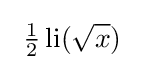
\ {\tfrac {1}{2}}\operatorname {li} ({\sqrt {x}})\